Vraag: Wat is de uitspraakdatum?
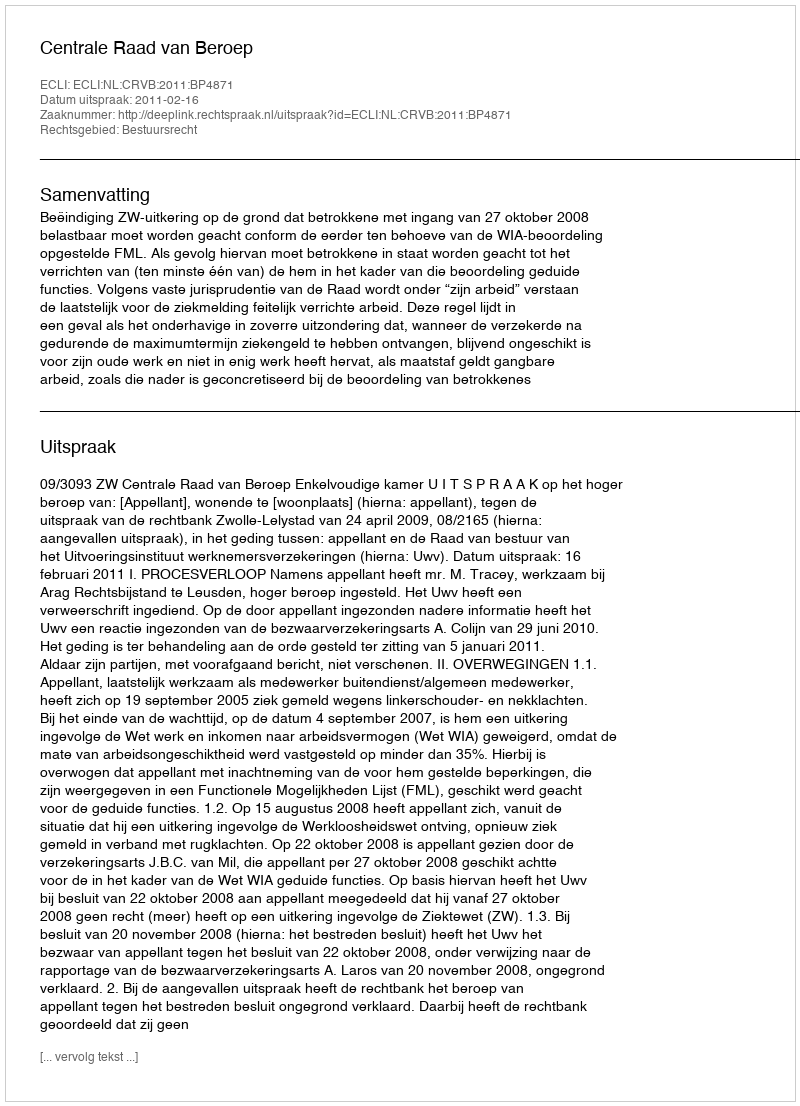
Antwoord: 2011-02-16